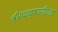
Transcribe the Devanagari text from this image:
श्रीराधाकृष्णमंदिरात